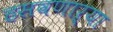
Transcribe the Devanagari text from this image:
हसवणाऱ्या